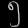
Digit: ၅